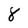
Character: 8